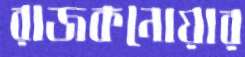
রাজকনোয়ার